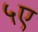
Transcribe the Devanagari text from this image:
५ए